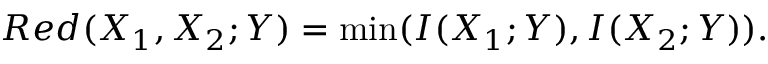
R e d ( X _ { 1 } , X _ { 2 } ; Y ) = \operatorname* { m i n } ( I ( X _ { 1 } ; Y ) , I ( X _ { 2 } ; Y ) ) .